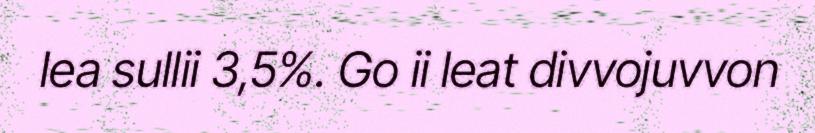
lea sullii 3,5%. Go ii leat divvojuvvon